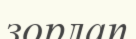
зорлап